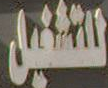
للتشغيل